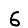
Digit: 6